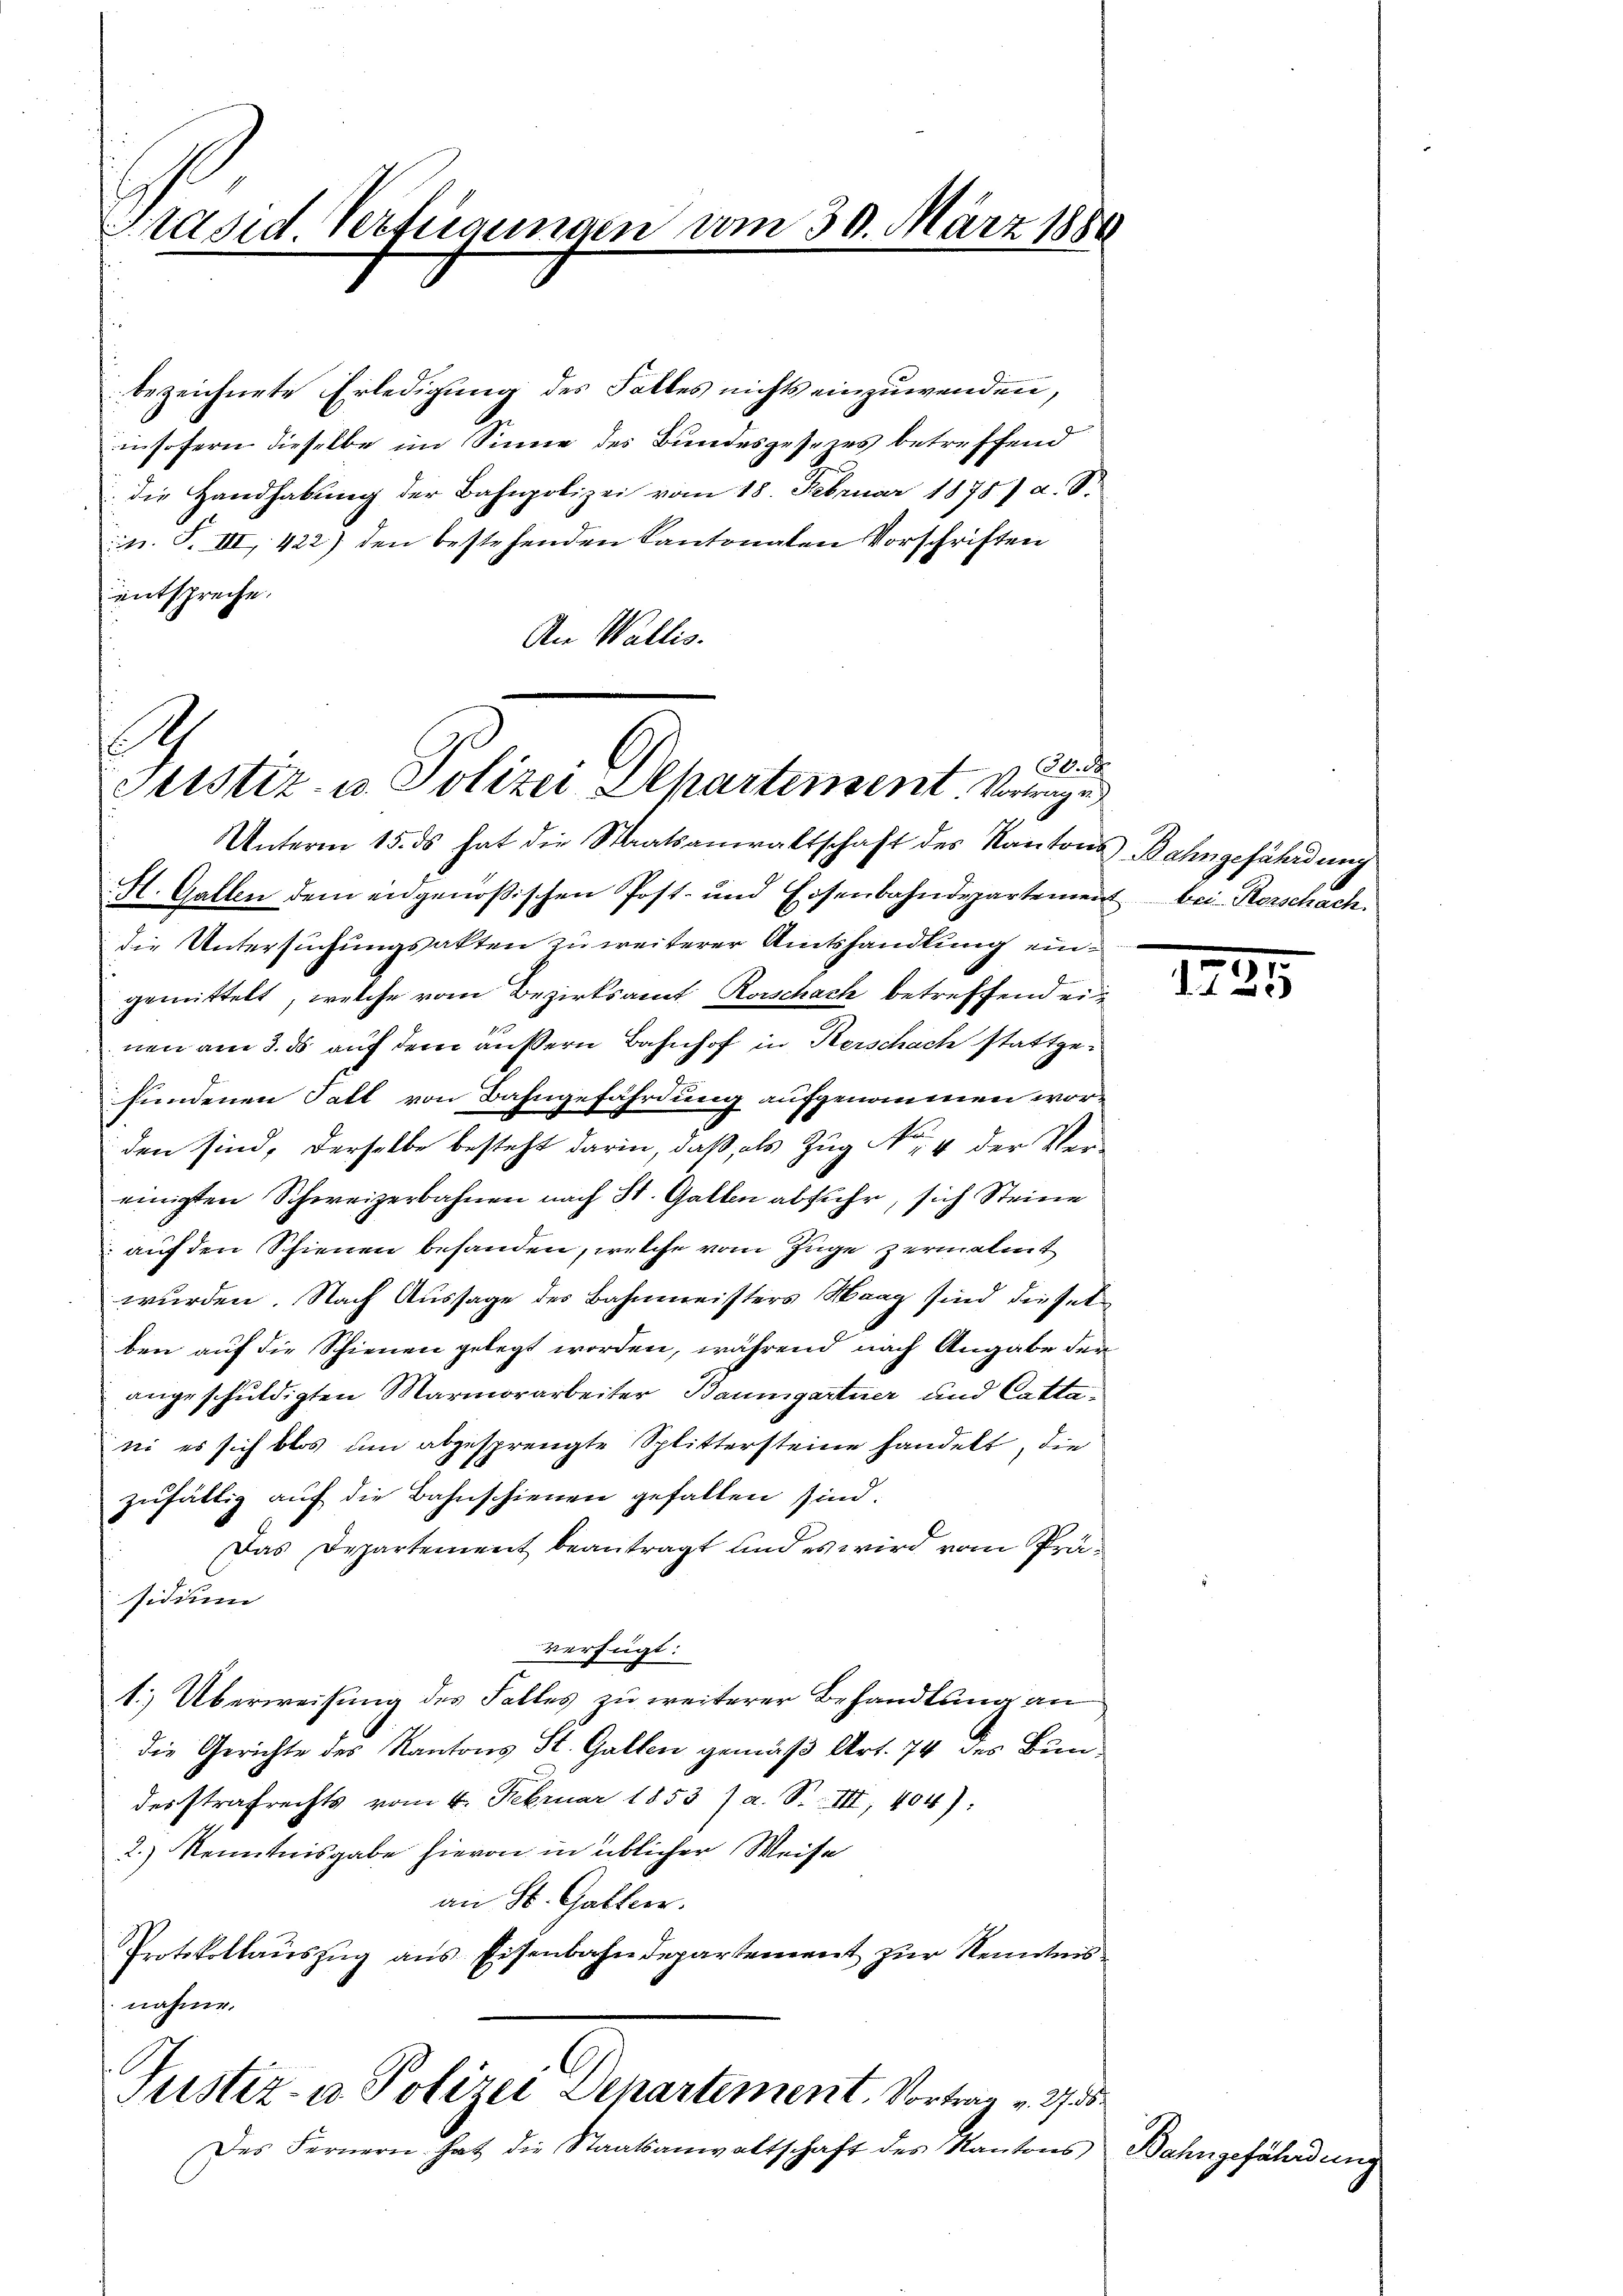
Präsid. Verfügungen am 30. März 1888

bezeichnete Erledigung des Falles nichts einzuwenden,
insofern dieselbe im Sinne des Bundesgesezes betreffend
die Handhabŭng der Bahnpolizei vom 18. Februar 1878 a. S.
n. F. III 422) den bestehenden Kantonalen Vorschriften
entspreche.
An Wallis.

.
Berch
Justiz- u. Polizei Departensent. Vortrage

Unterm 15. ds hat die Staatsanwaltschaft des Kantons Bahngefährdung
H. Gallen dem eidgenößischen Post- und Eisenbahndepartement bei Rorschach.
die Untersuchungsakten zu weiterer Amtshandlung eingemittelt, welche vom Bezirksamt Rorschach betreffend ein
nen am 3. ds auf dem äußern Bahnhof in Herschach stattgefundenen Fall von Bahngefährdung aufgenommen worden sind, derselbe besteht darin, daß, als Zug No. 4 der Ver-
einigten Schweizerbahnen nach St. Gallen abfuhr, sich Steine
 auf den Schienen behanden, welche vom Zuge zermalent
wurden. Nach Aussage des Bahnmeisters Maag sind dieselben auf die Schienen gelegt worden, während nach Angabe der
angeschuldigten Marmorarbeiter Baumgartner und Cattani es sich blos um abgesprengte Splittersteine handelt, die
zufällig auf die Bahnschienen gefallen sind.
Das Departement beantragt und es wird vom Präsidium
verfügt:
1) Überweisung des Falles zu weiterer Behandlung an
die Gerichte des Kantons St. Gallen gemäß Art. 74 des Bundesstrafrechts vom 4. Februar 1853 / a. S. III, 404):
2.) Kenntnisgabe hievon in üblicher Weise
an St. Gallen.
Protokollaŭszŭg ans Eisenbahndepartement zur Kenntnis
nahme.

C
Justiz- u Polizei Departement, Vortrag v. 273

Des Fernern hat die Staatsanwaltschaft des Kantons Bahngefährdung

1
x